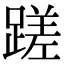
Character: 蹉